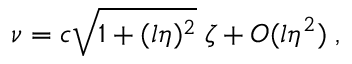
\nu = c \sqrt { 1 + ( l \eta ) ^ { 2 } } \; \zeta + { \cal O } ( l \eta ^ { 2 } ) \; ,